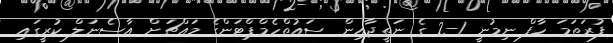
ފުރަތަމަ ހާފް ނިމުނީ 1-2 ގެ ނަތީޖާއިން ސައުތްހެމްޕްޓަންގެ މައްޗަށް އާސެނަލް ކުރީގައި